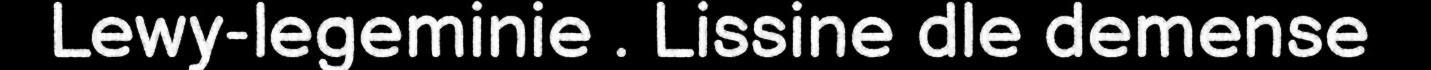
Lewy-legeminie . Lissine dle demense